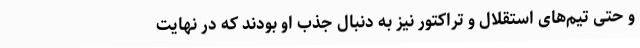
و حتی تیم‌های استقلال و تراکتور نیز به دنبال جذب او بودند که در نهایت